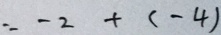
= - 2 + ( - 4 )